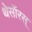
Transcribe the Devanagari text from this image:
थेसॉरस्